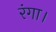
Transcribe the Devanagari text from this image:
रंगा।